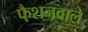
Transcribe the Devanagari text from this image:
फै़शनवाले